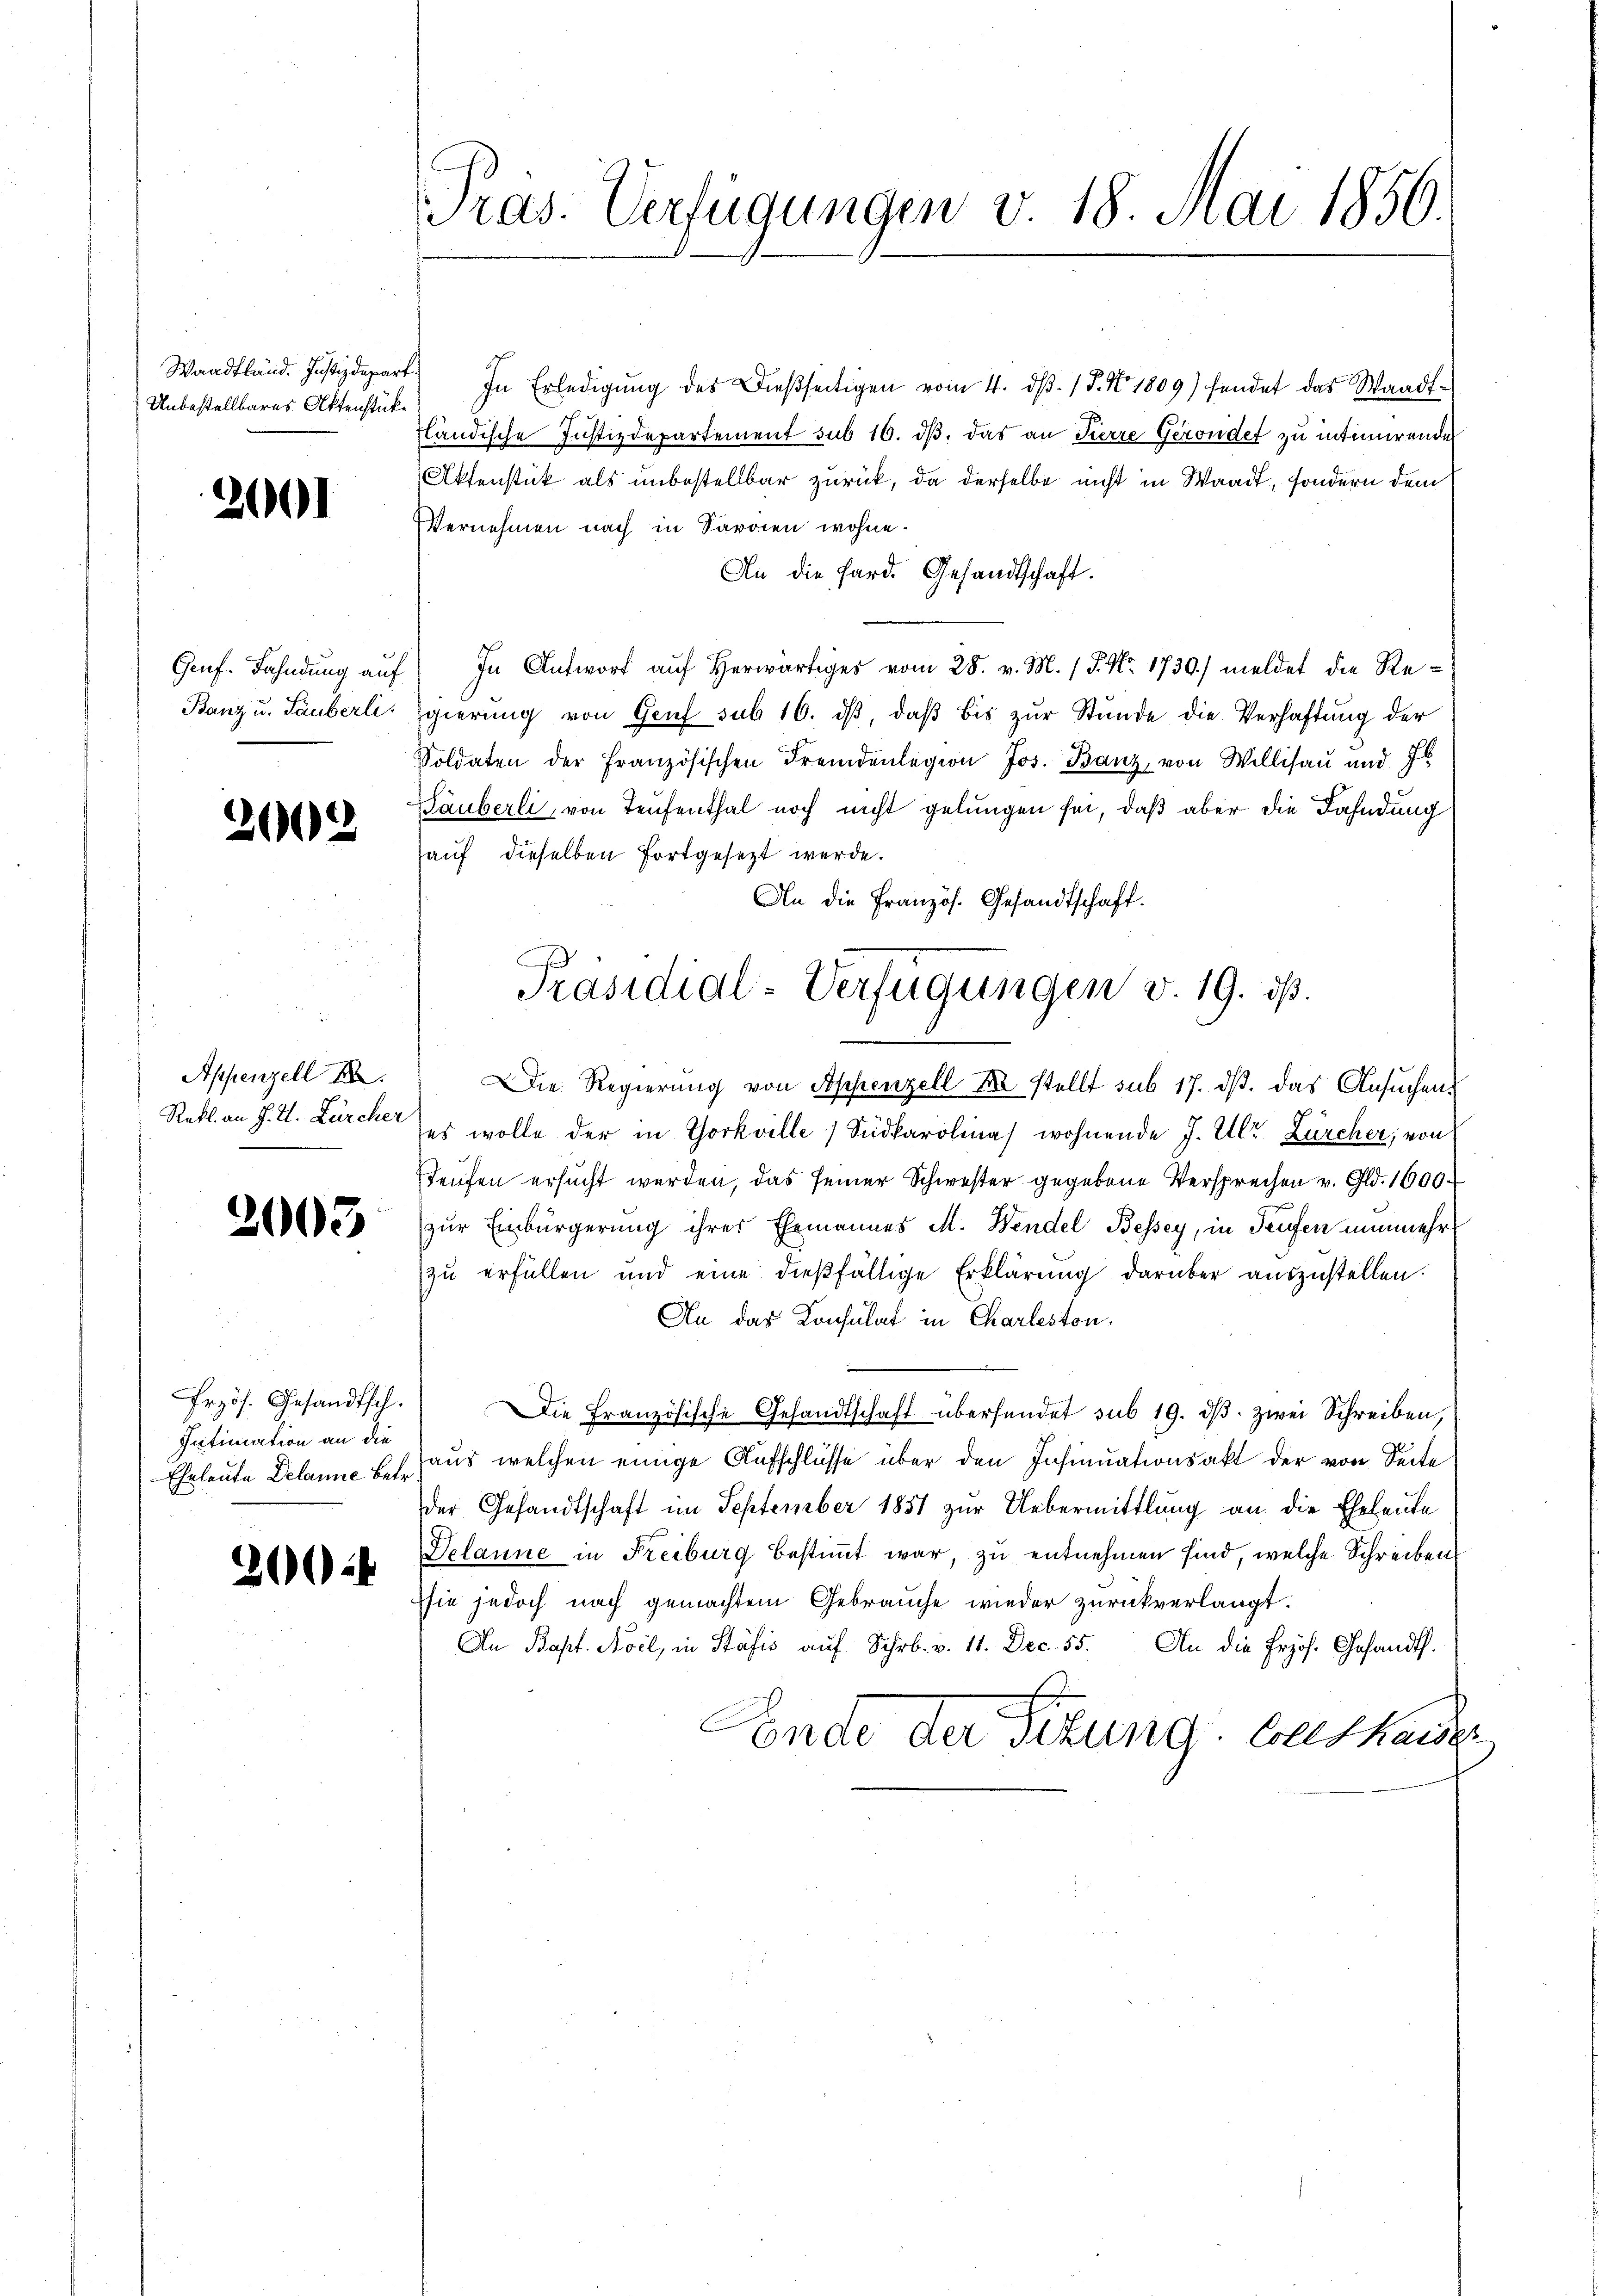
Unbestellbares Aktenstücke

2001

2002

Appenzell A.
Rekl. an J. J. Zürcher

2003

Przös. Gesandtsch.
Intimation an die

300f

Pras. Verfügungen v. 18. Mai 1856.

Waadtländ. Justizdepart. In Erledigŭng des dießseitigen vom 4. dβ. P. No 1809) sendet das Waadt-
fländische Justizdepartement sub 16. dβ, das an Pierre Geronder zu intimirenden
Aktenstück als unbestellbar zurück, da derselbe nicht in Waadt, sondern dem
Vernehmen nach in Sardien wohne.
An die Sard. Gesandtschaft.
Genf. Fahndung auf In Antwort auf Herwärtiges vom 28. v. M. / 5. No. 1730.) meldet die Re¬
Banz u. Säuberli gierŭng von Genf sub 16. dβ, daβ bis zŭr Stŭnde die Verhaftŭng der
Voldaten der französischen Fremdenlegion Jos. Banz, von Willisau und J
Säuberli, von Teufenthal noch nicht gelungen sei, daß aber die Fahndung
hauf dieselben fortgesezt werde.
An die Französ. Gesandtschaft.
Die Regierung von Appenzell No stellt sub 17. dβ das Ansuchenes wolle der in Yorkville Südkarolinas wohnende J. Ulr. Zürcher, von
Teufen ersucht werden, das seiner Schwester gegebene Versprechen v. Gld. 1600.
zur Einbürgerung ihres Ehemannes M. Wendel Bessey, in Teufen nunmehr
zu erfüllen und eine dießfällige Erklärung darüber auszustellen.
An das Konsulat in Charleston.
Die Französische Gesandtschaft übersendet sub 19. dβ. zwei Schreiben,
Eheleute Delanne u. Haus welchen einige Aufschlüsse über den Insinuationsakt der von Seite
der Gesandtschaft im September 1851 zur Uebermittlung an die Eheleute
Delanne in Freiburg bestimmt war, zu entnehmen sind, welche Schreiben
sie jedoch nach gemachtem Gebrauche wieder zurückverlangt:
An Bapt. Nocl, in Stäfis auf Schr. v. 11. Dec. 55. An die frzös. Gesandth.
Ende der Sitzung boshause

Präsidial-Verfügungen v. 19. ds.